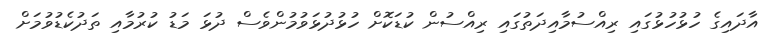
އާދައިގެ ހުޅުހުޅުގައި ރިއްސުމާއިދަތުގައި ރިއްސުން ކުޑަކޮށް ހުޅުދުޅަވުމުންވެސް ދުޅަ މަޑު ކުރުމާއި ތަދުކެޑުވުމަށް